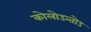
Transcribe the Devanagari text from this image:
कोलोउन्तोउ